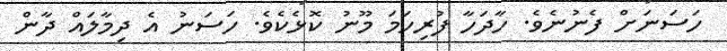
ހަސަނަށް ފެނުނެވެ. ހާދަހާ ފުރިހަމަ މޫނު ކޮޅެކެވެ. ހަސަނު އެ ދިމާލައް ދާން